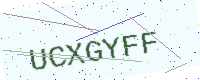
Text: UCXGYFF